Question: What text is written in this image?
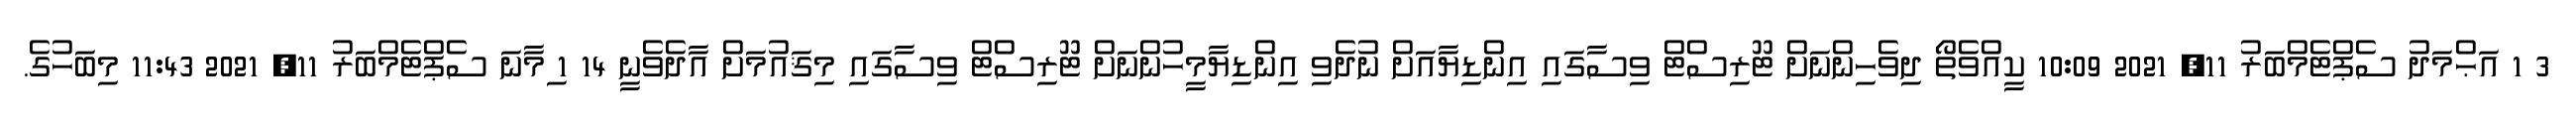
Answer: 3 1 އަޙްމަދު ސެޕްޓެމްބަރު 11, 2021 10:09 ކީއްވެތޯ ދިވެހިންނަށް ޓޫރިސްޓް ވިސާގައި އިންޑިޔާއަށް ނުދެވި އިންޑިޔާމީހުންނަށް ޓޫރިސްޓް ވިސާގައި މިޤައުމަށް އާދެވެނީ 14 1 ިމާނަ ސެޕްޓެމްބަރު 11, 2021 11:43 މިބަހުގެ.